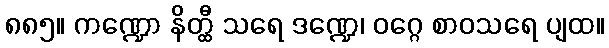
၈၈၅။ ကဏ္ဍော နိတ္ထီ သရေ ဒဏ္ဍေ၊ ဝဂ္ဂေ စာဝသရေ ပျထ။